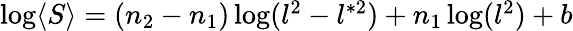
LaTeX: \begin{array}{r}{\log\langle S\rangle=(n_{2}-n_{1})\log(l^{2}-l^{*2})+n_{1}\log(l^{2})+b}\end{array}